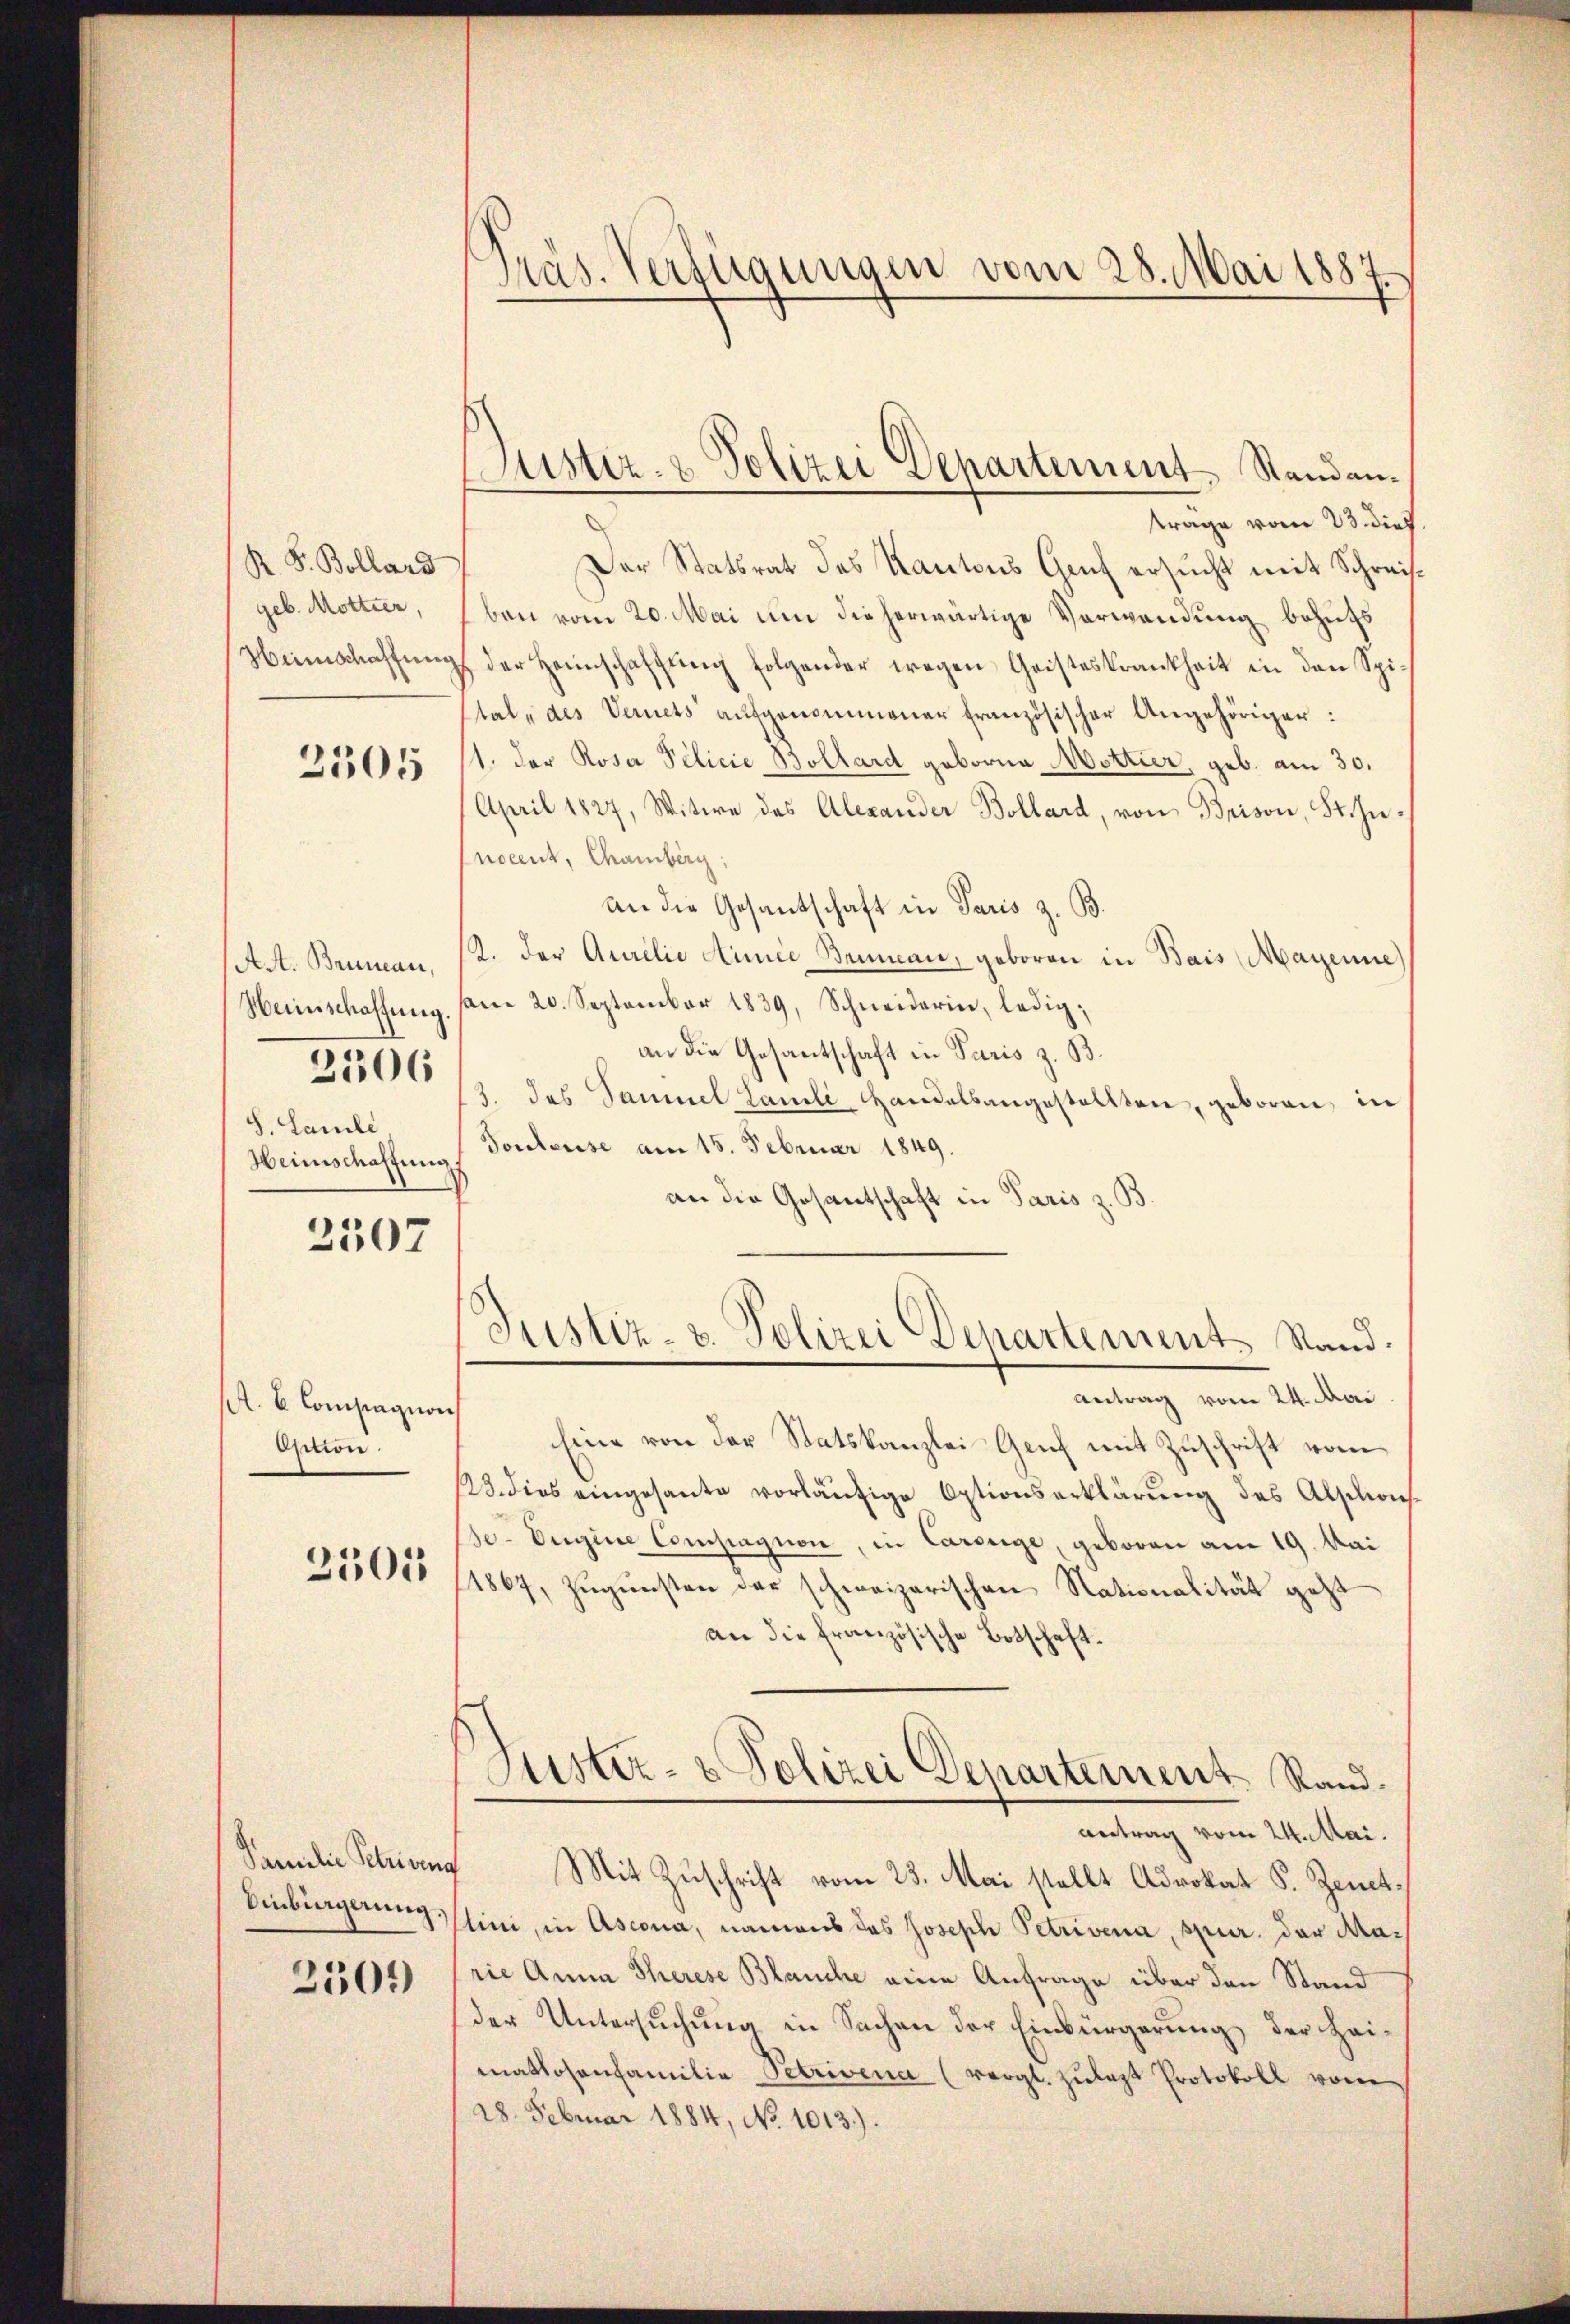
R. F. Bollard
geb. Mottier,
Heimschaffung

2305

Act. Bruman,
Weinschaffung
2506
S. Samle
Heimschaffung,

2507

A. B. Compagion
Option.
2501

Familie Petriven
Einbingerung.
2509

.
Mas. Verfügungen vom 28. Mai 1887

träge vom 23. dies
Der Statsrat des Kantons Genf ersucht mit Schreisben vom 20. Mai um die herwärtige Verwendung behufs
z der Heimschaffŭng folgender wegen Geisteskrankheit in den Spistal, des Vernets aufgenommener französischer Angehöriger:
11. der Rosa Pilicie Bollard geborne Mottier, geb. am 30.
April 1827, Witwe des Alexander Bollard, von Brison, St. Innocent, Chamberg:
an die Gesandtschaft in Paris z. B.
12. der Aurelie Annie Bruncai, geboren in Bais (Mayenne
am 20. September 1839, Schneiderin, ledigan die Gesantschaft in Paris z. B.
2. das Sammel Famili Handelsangestellten, geboren, in
Tonsleuse am 15. Februar 1849.
an die Gesantschaft in Paris z. B.
Justiz- & Polizei Departement Stand.
Antrag vom 24. Mai
line von der Statskanzlei Genf mit Zuschrift vom
123. dies eingesante vorläŭfige Optionserklärŭng des Abschwies
se-Vergine Constagion, in Carouge, geboren am 19. Mai
14867, Zŭgŭnsten der schweizerischen Nationalität geht
an die französische Botschaft.
Justiz- & Polizei Departement Rand.
antrag vom 24. Mai.
¬
Mit Zuschrift vom 23. Mai stellt Advokat P. Zentslini, in Ascona, namens das Joseph Petrivena, spur. der Marie Anna Therese Blauche eine Anfrage über den Stand
der Untersuchung in Sachen der Einbürgerung der Heimatlosenfamilie Petrivena (vergl. zŭlazt Protokoll vom
28. Februar 1884, No 1013.).

Justiz- & Polizei Departement Standan¬